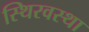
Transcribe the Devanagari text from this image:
स्थिरवस्था